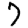
Digit: 7